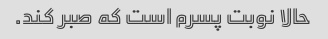
حالا نوبت پسرم است که صبر کند.